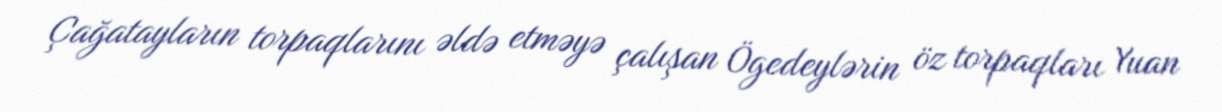
Çağatayların torpaqlarını əldə etməyə çalışan Ögedeylərin öz torpaqları Yuan